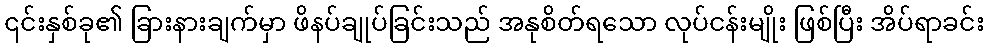
၎င်းနှစ်ခု၏ ခြားနားချက်မှာ ဖိနပ်ချုပ်ခြင်းသည် အနုစိတ်ရသော လုပ်ငန်းမျိုး ဖြစ်ပြီး အိပ်ရာခင်း